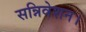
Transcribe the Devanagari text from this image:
सन्निवेशन।